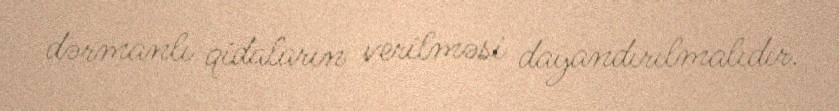
dərmanlı qidaların verilməsi dayandırılmalıdır.